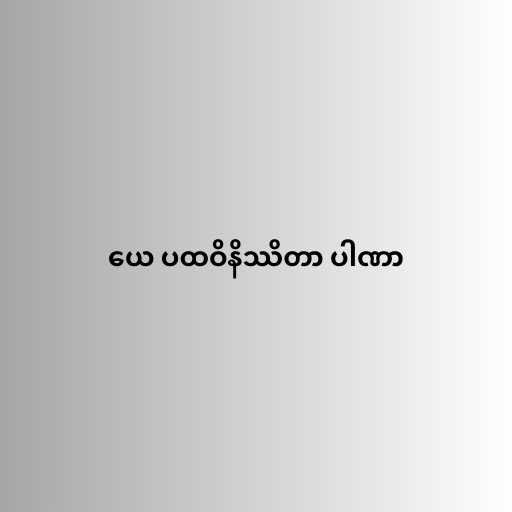
ယေ ပထဝိနိဿိတာ ပါဏာ